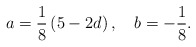
\begin{align*}a=\frac{1}{8}\left( 5-2d\right) ,\quad b=-\frac{1}{8}.\end{align*}